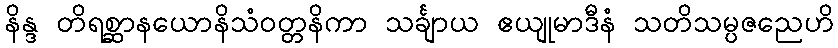
နိန္ဒ တိရစ္ဆာနယောနိသံဝတ္တနိကာ သင်္ချာယ ဧယျုမာဒီနံ သတိသမ္ပဇညေဟိ